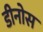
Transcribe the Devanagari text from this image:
डीनोस